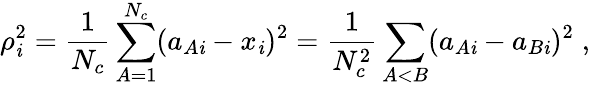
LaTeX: \rho_{\mathit{i}}^{2}=\frac{{1}}{{N_{c}}}\sum_{A=1}^{N_{c}}(a_{A\mathit{i}}-x_{\mathit{i}})^{2}=\frac{{1}}{{N_{c}^{2}}}\sum_{A<B}(a_{A\mathit{i}}-a_{B\mathit{i}})^{2}\; ,